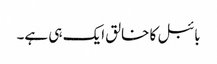
بائبل کا خالق ایک ہی ہے۔